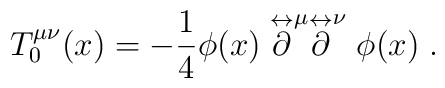
T^{\mu \nu}_0 (x)= - {1 \over 4} \phi (x)\buildrel \leftrightarrow\over \partial^{\mu} \buildrel \leftrightarrow\over \partial^{\nu} \phi (x)  \;.